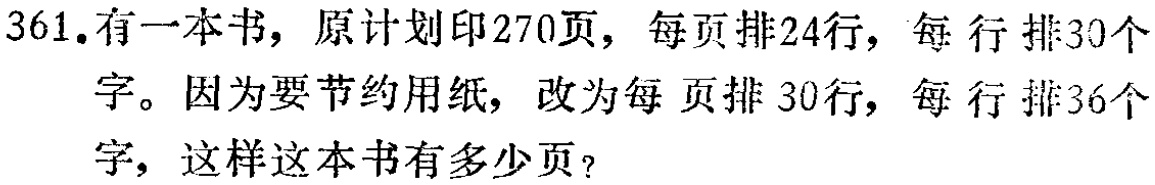
361. 有一本书，原计划印270页，每页排24行，每行排30个字。因为要节约用纸，改为每页排30行，每行排36个字，这样这本书有多少页？